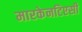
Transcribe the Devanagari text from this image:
मारकेनटिएसी